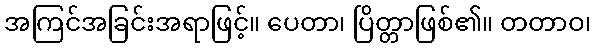
အကြင်အခြင်းအရာဖြင့်။ ပေတာ၊ ပြိတ္တာဖြစ်၏။ တတာဝ၊